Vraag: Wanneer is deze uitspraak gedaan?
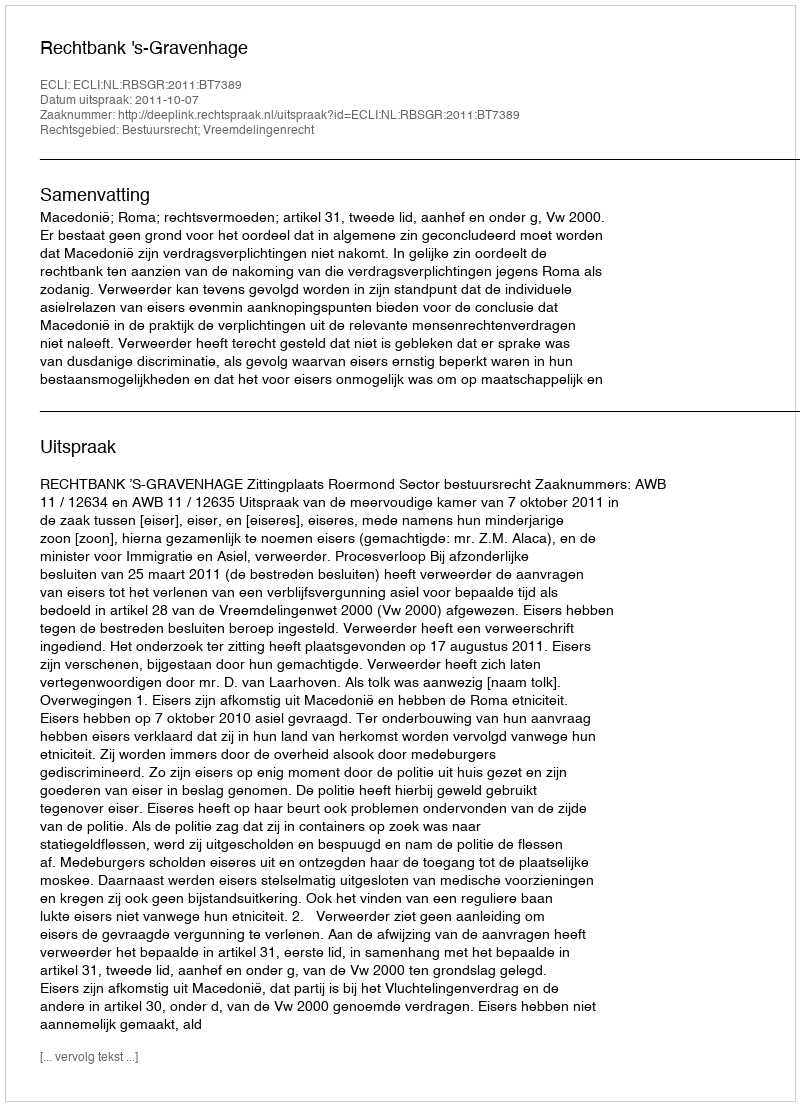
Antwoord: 2011-10-07